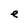
Character: e